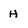
Character: H